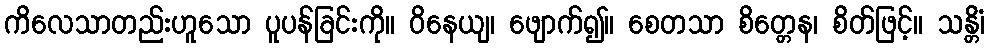
ကိလေသာတည်းဟူသော ပူပန်ခြင်းကို။ ဝိနေယျ၊ ဖျောက်၍။ စေတသာ စိတ္တေန၊ စိတ်ဖြင့်။ သန္တိံ၊